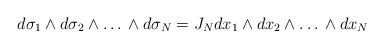
\begin{align*}d \sigma_{1} \wedge d \sigma_{2} \wedge \ldots \, \wedge d \sigma_{N}= J_N dx_{1} \wedge dx_{2} \wedge \ldots \, \wedge dx_{N}\end{align*}